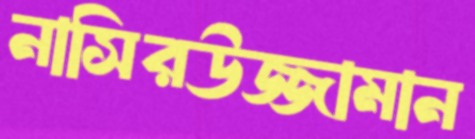
নাসিরউজ্জামান